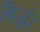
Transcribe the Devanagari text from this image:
बिज़ी